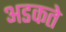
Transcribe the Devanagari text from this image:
अडकते